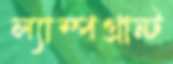
ল্যাম্পগ্রান্ট